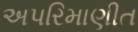
અપરિમાણીત